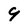
Character: 9